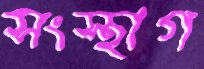
সংস্থাগ